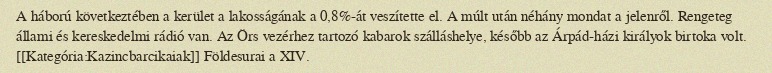
A háború következtében a kerület a lakosságának a 0,8%-át veszítette el. A múlt után néhány mondat a jelenről. Rengeteg állami és kereskedelmi rádió van. Az Örs vezérhez tartozó kabarok szálláshelye, később az Árpád-házi királyok birtoka volt. [[Kategória:Kazincbarcikaiak]] Földesurai a XIV.